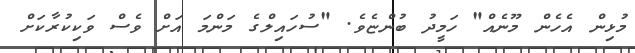
މުޅިން އެހެން މޫނެއް" ހަމީދު ބުންޏެވެ. "ސުހައިލްގެ މަންމަ އަށް ވެސް ވަކިކުރާކަށް